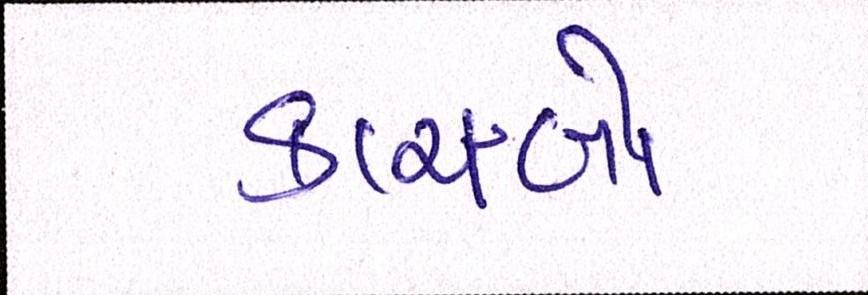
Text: કાચબો